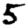
Digit: 5